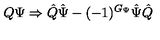
Q \Psi \Rightarrow \hat { Q } \hat { \Psi } - ( - 1 ) ^ { G _ { \Psi } } \hat { \Psi } \hat { Q }